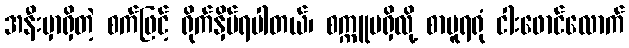
အနီးမှာရှိတဲ့ စက်ဖြင့် ရိုက်နှိပ်ရပါတယ်၊ စက္ကူမရှိလို့ စာမူရရုံ ငါးဖောင်လောက်